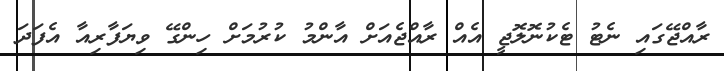
ރާއްޖޭގައި ނެޓު ޓެކުނޮލޮޖީ އެއް ރާއްޖެއަށް އާންމު ކުރުމަށް ހިންގޭ ވިޔަފާރިއާ އެފަދަ